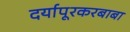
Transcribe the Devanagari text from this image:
दर्यापूरकरबाबा